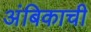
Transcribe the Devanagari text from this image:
अंबिकाची